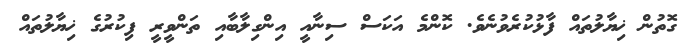
ގޮތުން ޚިޔާލުތައް ފާޅުކުރެވުނެވެ. ކޮންމެ އަކަސް ސިނާއީ އިންގިލާބާއި ތަންވީރީ ފިކުރުގެ ޚިޔާލުތައް